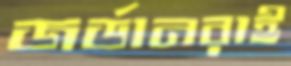
জর্ডানরাই